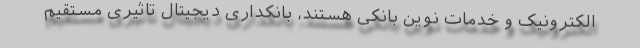
الکترونیک و خدمات نوین بانکی هستند، بانکداری دیجیتال تاثیری مستقیم